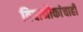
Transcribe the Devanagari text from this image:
विवानौकांचाही